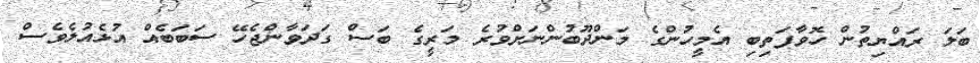
ބަލަ ރައްޔިތުން ހޮވާފަތިބި އެމީހުންގެ މަންދޫބުންނަށްވުރެ މަރީގެ ބަސް ގަދަވާންޖެހޭ ސަބަބެއް އުޅެއުލެވެސް